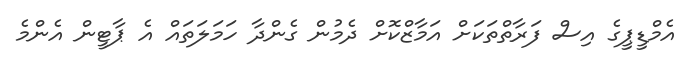
އެމްޑީޕީގެ އިސް ފަރާތްތަކަށް އަމާޒްކޮށް ދެމުން ގެންދާ ހަމަލަތައް އެ ޕާޓީން އެންމެ